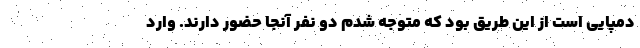
دمپایی است از این طریق بود که متوجه شدم دو نفر آنجا حضور دارند. وارد